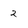
Character: 2